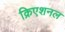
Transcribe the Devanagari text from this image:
क्रिएशनल